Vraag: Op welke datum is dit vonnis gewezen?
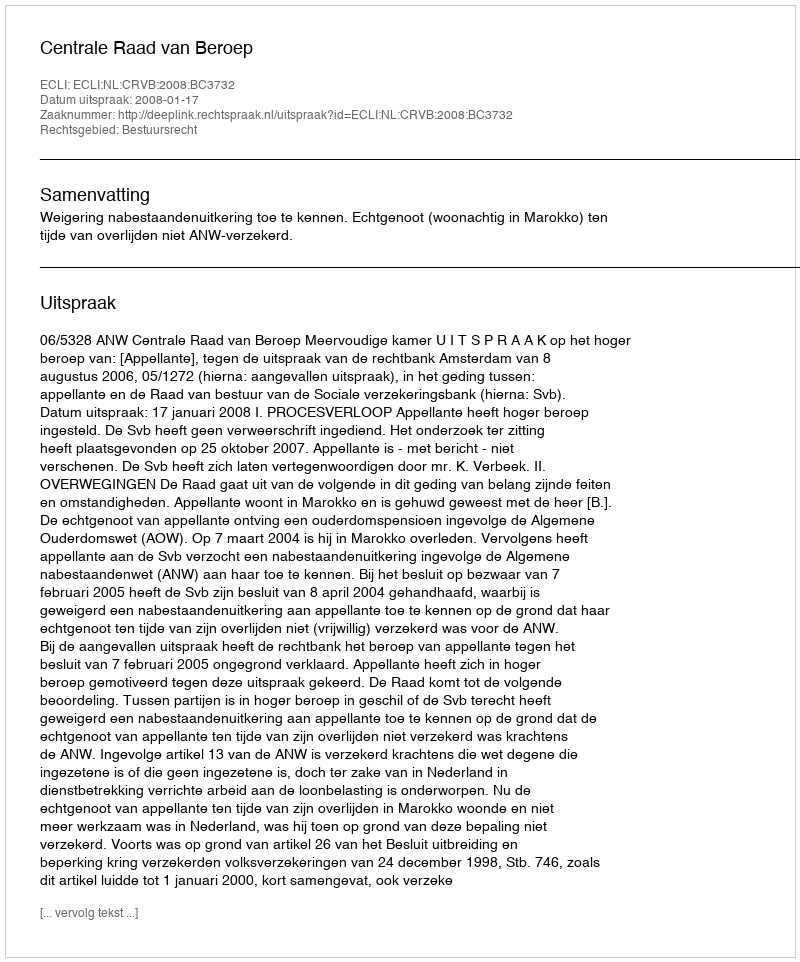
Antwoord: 2008-01-17